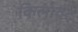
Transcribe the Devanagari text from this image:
किलोवट